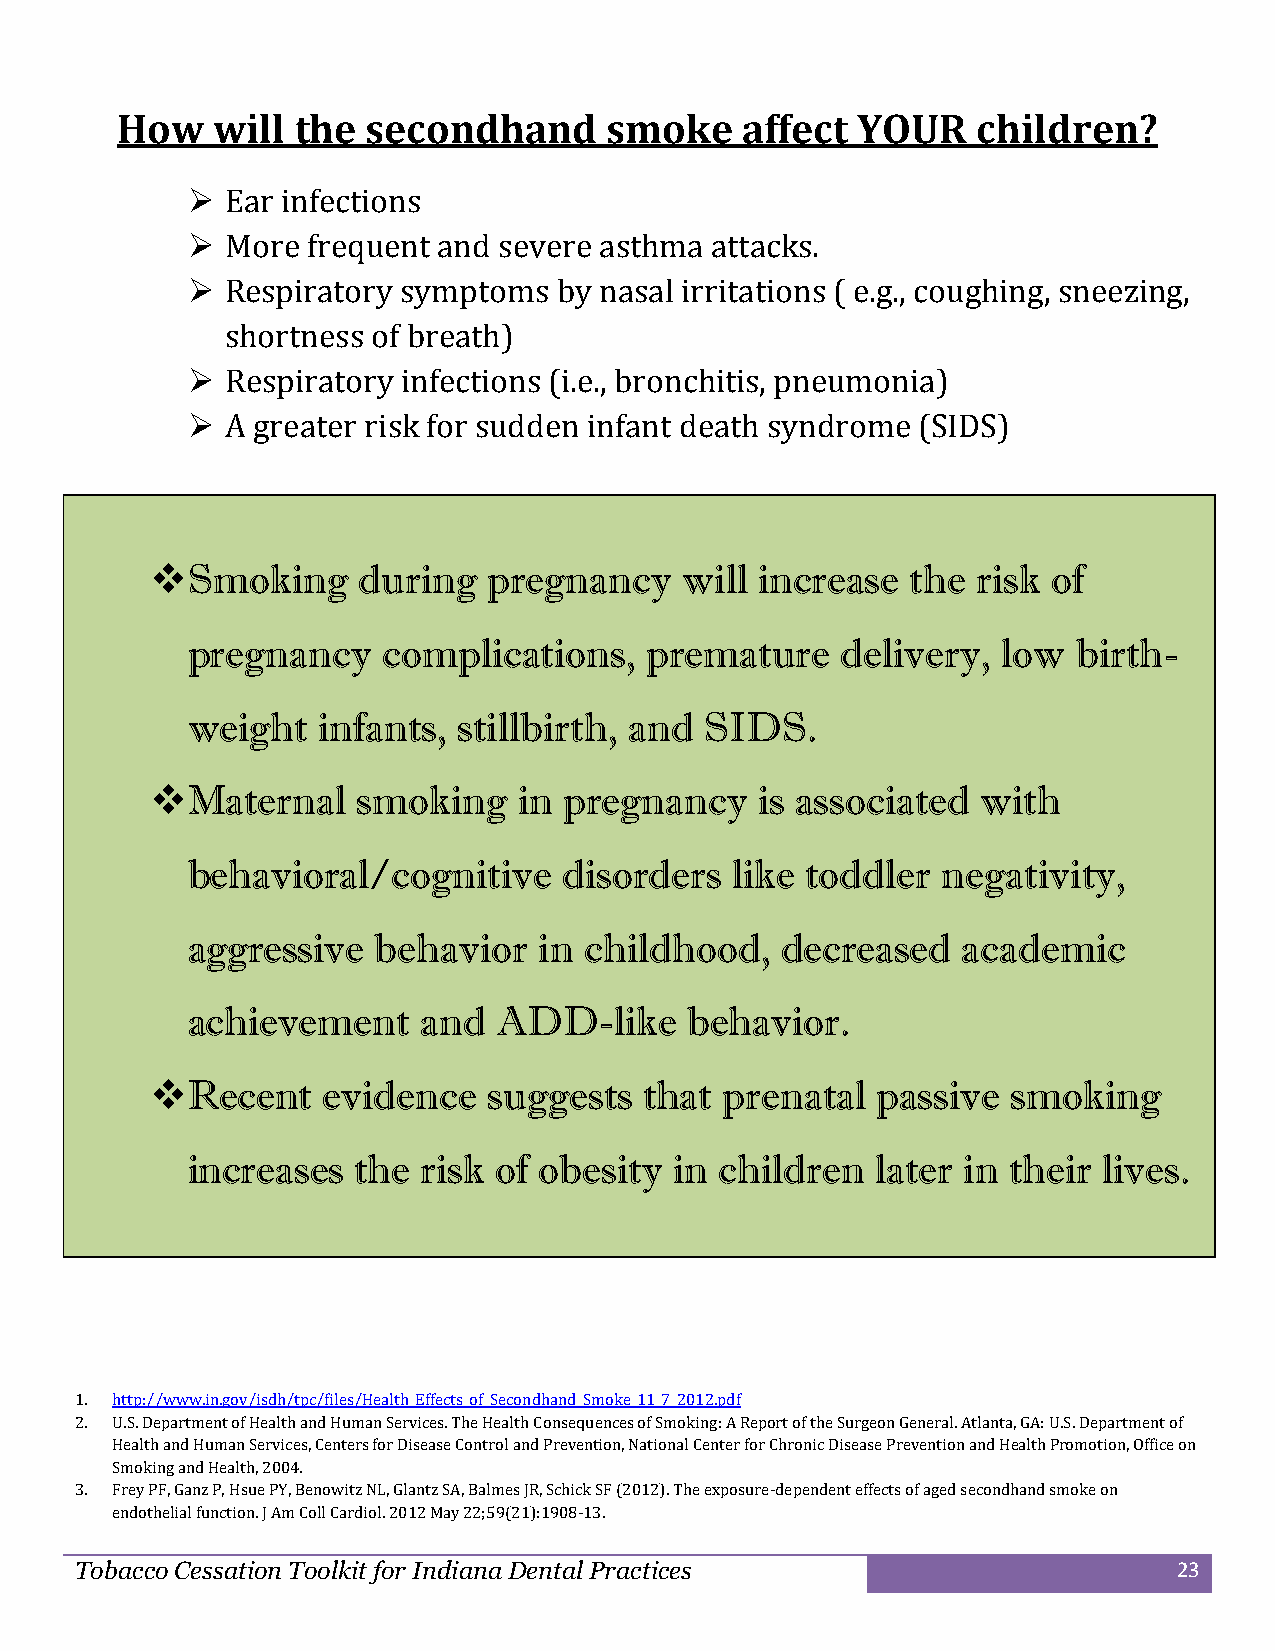
How   will  the secondhand      smoke    affect  YOUR    children?
   Ear infections
   More frequent and severe asthma attacks.
   Respiratory symptoms  by nasal irritations ( e.g., coughing, sneezing,
 shortness of breath)
   Respiratory infections (i.e., bronchitis, pneumonia)
   A greater risk for sudden infant death syndrome (SIDS)
  Smoking     during  pregnancy    will increase  the  risk of
 pregnancy    complications,    premature    delivery, low  birth-
 weight   infants, stillbirth, and  SIDS.
  Maternal    smoking   in pregnancy    is associated  with
 behavioral/cognitive     disorders   like toddler negativity,
 aggressive   behavior   in childhood,   decreased   academic
 achievement     and  ADD-like     behavior.
  Recent   evidence   suggests   that prenatal  passive  smoking
 increases  the  risk of obesity  in children  later in their lives.
 1. http://www.in.gov/isdh/tpc/files/Health_Effects_of_Secondhand_Smoke_11_7_2012.pdf
 2. U.S. Department of Health and Human Services. The Health Consequences of Smoking: A Report of the Surgeon General. Atlanta, GA: U.S. Department of
 Health and Human Services, Centers for Disease Control and Prevention, National Center for Chronic Disease Prevention and Health Promotion, Office on
 Smoking and Health, 2004.
 3. Frey PF, Ganz P, Hsue PY, Benowitz NL, Glantz SA, Balmes JR, Schick SF (2012). The exposure-dependent effects of aged secondhand smoke on
 endothelial function. J Am Coll Cardiol. 2012 May 22;59(21):1908-13.
 Tobacco Cessation Toolkit for Indiana Dental Practices                   23